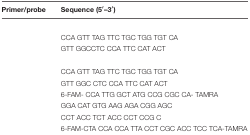
<table><thead><tr><td><b>Primer/probe</b></td><td><b>Sequence (5′–3′)</b></td></tr></thead><tbody><tr><td>[EMPTY_CELL]</td><td>[EMPTY_CELL]</td></tr><tr><td>[EMPTY_CELL]</td><td>CCA GTT TAG TTC TGC TGG TGT CA</td></tr><tr><td>[EMPTY_CELL]</td><td>GTT GGCCTC CCA TTC CAT ACT</td></tr><tr><td>[EMPTY_CELL]</td><td>[EMPTY_CELL]</td></tr><tr><td>[EMPTY_CELL]</td><td>CCA GTT TAG TTC TGC TGG TGT CA</td></tr><tr><td>[EMPTY_CELL]</td><td>GTT GGC CTC CCA TTC CAT ACT</td></tr><tr><td>[EMPTY_CELL]</td><td>6-FAM- CCA TTG GCT ATG CCG CGC CA- TAMRA</td></tr><tr><td>[EMPTY_CELL]</td><td>GGA CAT GTG AAG AGA CGG AGC</td></tr><tr><td>[EMPTY_CELL]</td><td>CCT ACC TCT ACC CCT CCG C</td></tr><tr><td>[EMPTY_CELL]</td><td>6-FAM-CTA CCA CCA TTA CCT CGC ACC TCC TCA-TAMRA</td></tr></tbody></table>